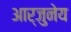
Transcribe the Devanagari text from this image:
आर्जुनेय